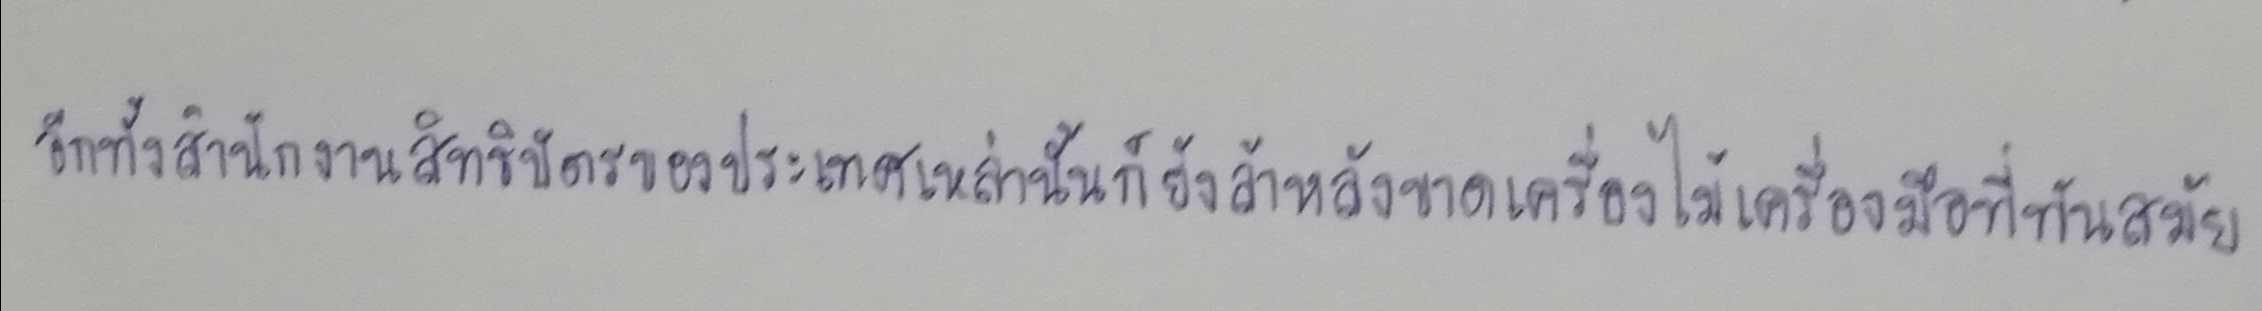
อีกทั้งสำนักงานสิทธิบัตรของประเทศเหล่านั้นก็ยังล้าหลังขาดเครื่องไม้เครื่องมือที่ทันสมัย